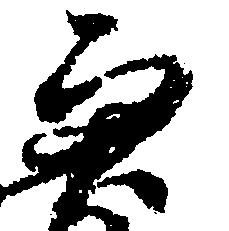
兼